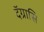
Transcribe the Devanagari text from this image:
दॅग्रासि